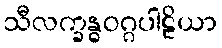
သီလက္ခန္ဓဝဂ္ဂပါဠိယာ